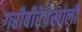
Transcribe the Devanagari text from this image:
गरीबीरेषेखाली